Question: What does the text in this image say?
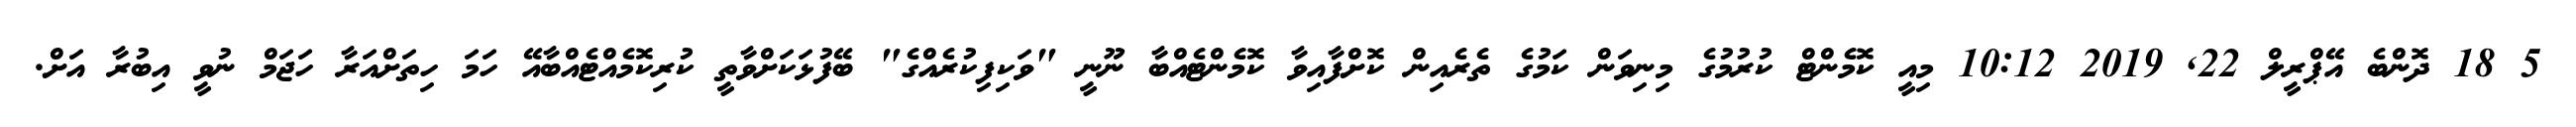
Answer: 5 18 ދޮންބެ އޭޕްރީލް 22, 2019 10:12 މިއީ ކޮމެންޓް ކުރުމުގެ މިނިވަން ކަމުގެ ތެރެއިން ކޮށްފާއިވާ ކޮމެންޓެއްބާ ނޫނީ "ވަކިފިކުރެއްގެ" ބޭފުޅަކަށްވާތީ ކުރިކޮމެއްޓެއްބާއޭ ހަމަ ހިތަށްއަރާ ހަޖަމް ނުވީ އިބުރާ އަށް.